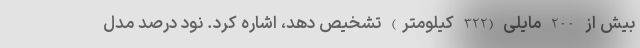
بیش از 200 مایلی (322 کیلومتر) تشخیص دهد، اشاره کرد. نود درصد مدل